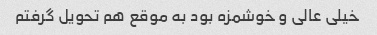
خیلی عالی و خوشمزه بود به موقع هم تحویل گرفتم